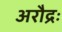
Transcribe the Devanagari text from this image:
अरौद्रः